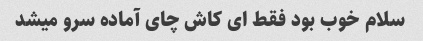
سلام خوب بود فقط ای کاش چای آماده سرو میشد